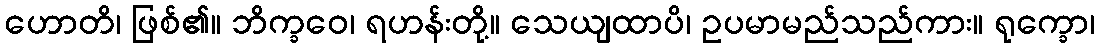
ဟောတိ၊ ဖြစ်၏။ ဘိက္ခဝေ၊ ရဟန်းတို့။ သေယျထာပိ၊ ဥပမာမည်သည်ကား။ ရုက္ခော၊